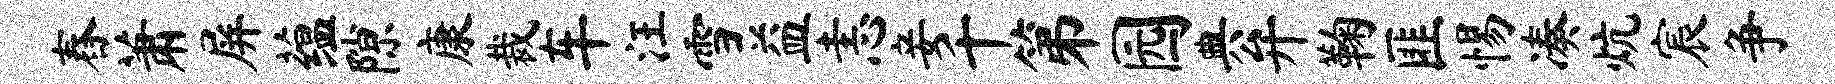
舂萧屏蕴隙康裁车汪雪益恚妾千第园典弁鞠匪惕凑炕宸争